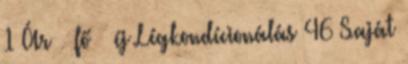
1 Ár fő éj Légkondícionálás 46 Saját